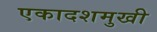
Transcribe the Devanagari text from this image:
एकादशमुखी